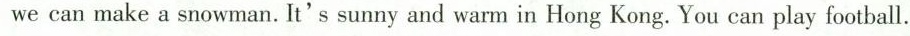
we can make a snowman. It's sunny and warm in Hong Kong. You can play football.